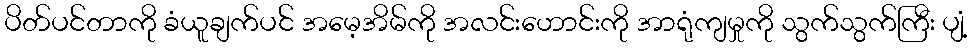
ပိတ်ပင်တာကို ခံယူချက်ပင် အမေ့အိမ်ကို အလင်းဟောင်းကို အာရုံကျမှုကို သွက်သွက်ကြီး ပျံ့